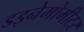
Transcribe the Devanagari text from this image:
डइनेमोमीटर